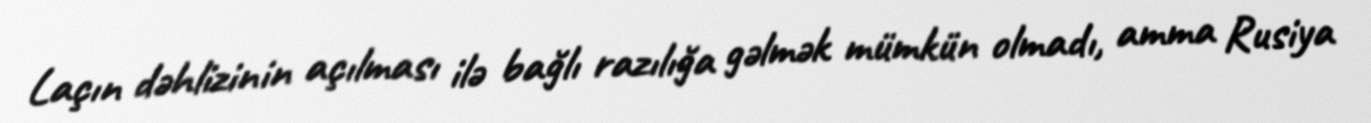
Laçın dəhlizinin açılması ilə bağlı razılığa gəlmək mümkün olmadı, amma Rusiya